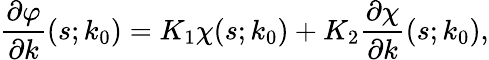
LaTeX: \frac{\partial\varphi}{\partial k}(s;k_{0})=K_{1}\chi(s;k_{0})+K_{2}\frac{\partial\chi}{\partial k}(s;k_{0}),